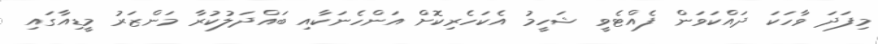
މިފަދަ ވާހަކަ ދައްކަވަން ފެއްޓެވީ ޝަހީމު އެކަހެރިކޮށް އަންހެނަކާއި ބައްދަލުކުރާ މަންޒަރު މީޑިއާގައި